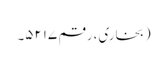
(بخاری، رقم ۵۲۱۷۔